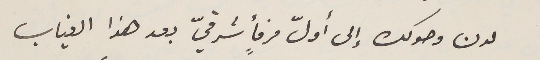
لدن وصولك إلى أولّ مرفأ شرقيّ بعد هذا الغياب